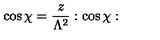
\cos \chi = \frac { z } { \Lambda ^ { 2 } } : \cos \chi :